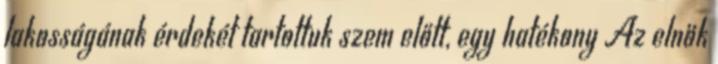
lakosságának érdekét tartottuk szem előtt, egy hatékony Az elnök